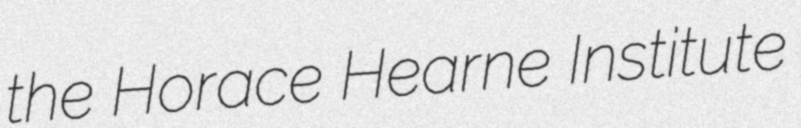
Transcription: the Horace Hearne Institute